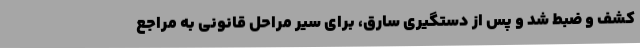
کشف و ضبط شد و پس از دستگیری سارق، برای سیر مراحل قانونی به مراجع